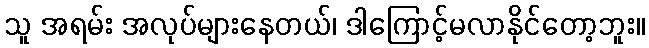
သူ အရမ်း အလုပ်များနေတယ်၊ ဒါကြောင့်မလာနိုင်တော့ဘူး။